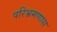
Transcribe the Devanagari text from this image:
परिभ्रमणास